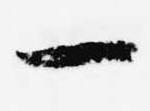
一